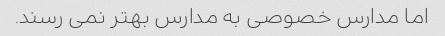
اما مدارس خصوصی به مدارس بهتر نمی رسند.